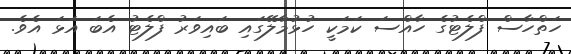
ހަތްހާސް ފްލެޓުގެ ހާއްސަ ކަމަކީ ހުޅުމާލޭގައި ބައިވަރު ފްލެޓު އެބަ އަޅަ އެވެ.